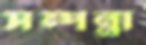
সম্পন্না